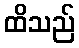
ထိသည်